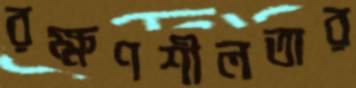
রক্ষণশীলতার